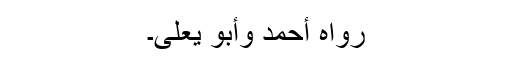
رَوَاہُ أَحْمَدُ وَأَبُوْ یَعْلٰی۔